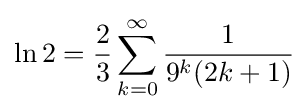
\ln 2={\frac {2}{3}}\sum _{k=0}^{\infty }{\frac {1}{9^{k}(2k+1)}}